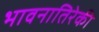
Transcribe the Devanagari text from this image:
भावनातिरेकी